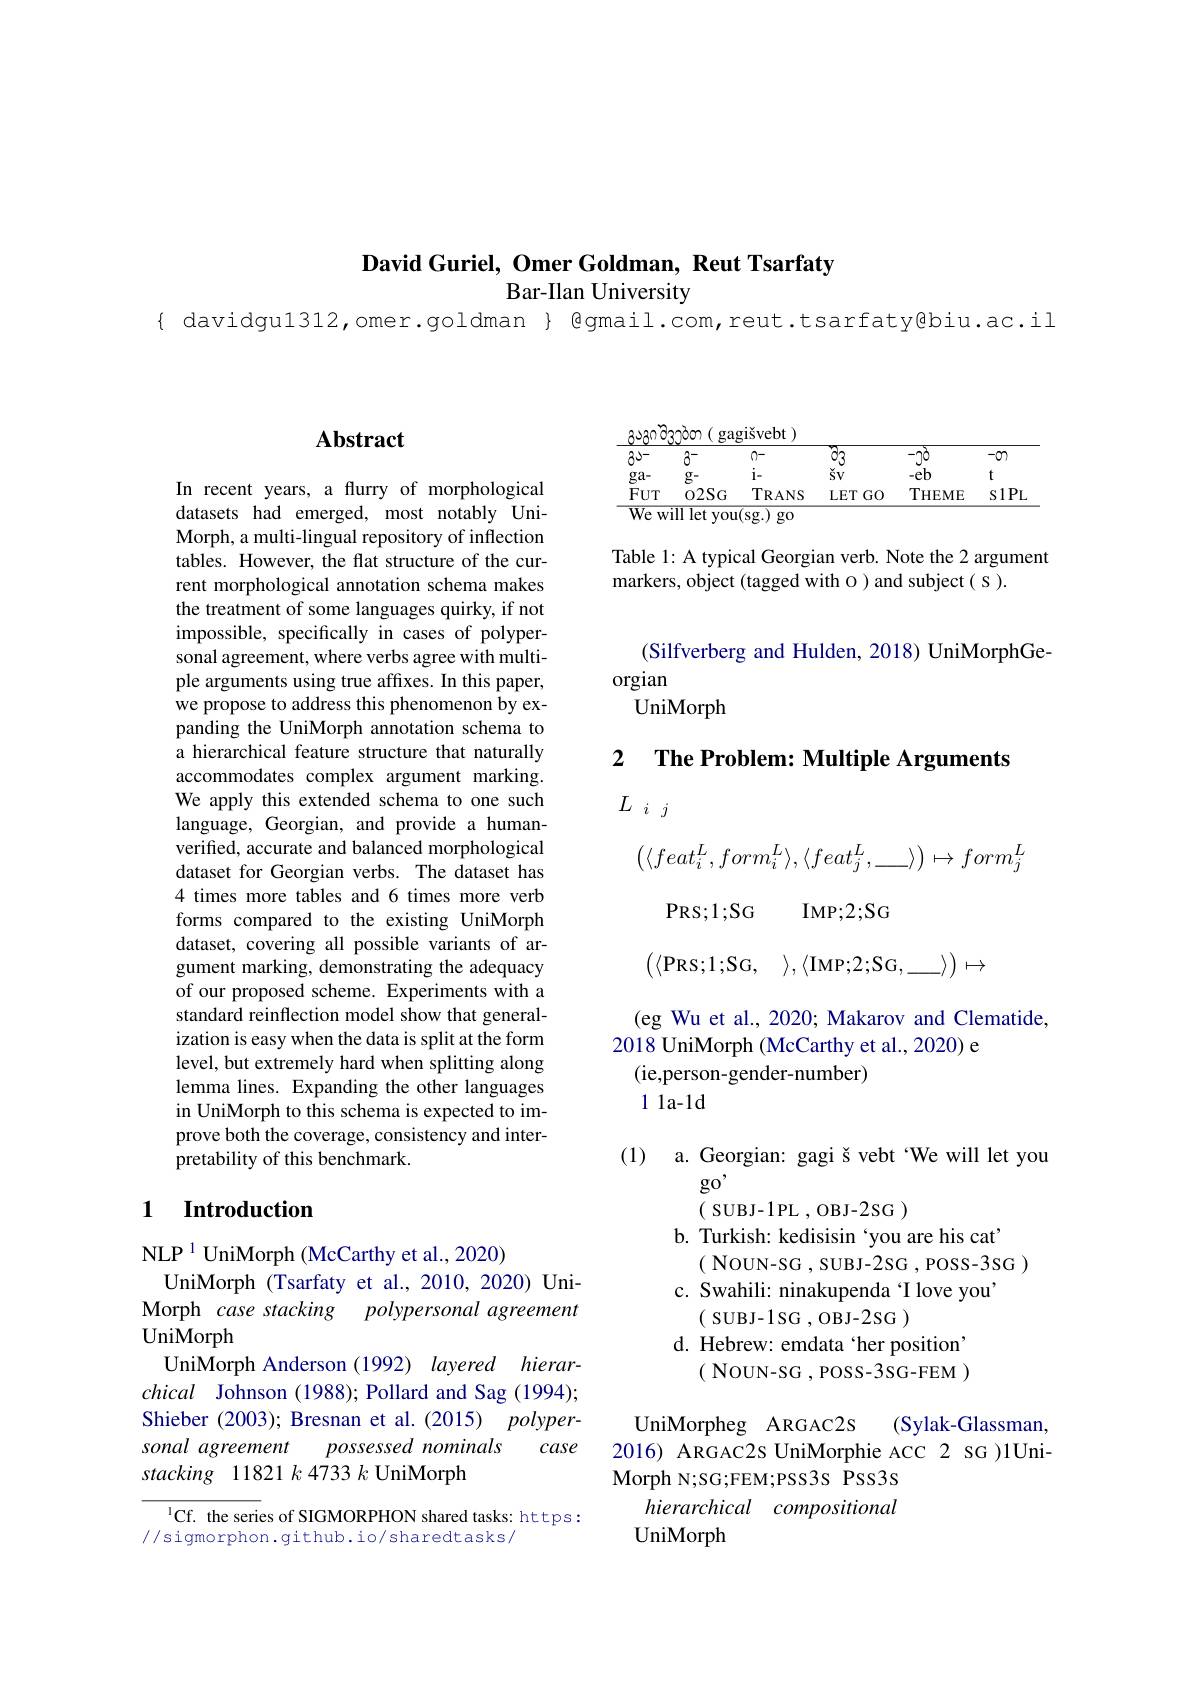
$\textbf{David Guriel, Omer Goldman, Reut Tsarfaty}$

Bar-Ilan University

### $\mathbf{Abstract}$

In recent years, a flurry of morphological datasets had emerged, most notably UniMorph, a multi-lingual repository of inflection tables. However, the flat structure of the current morphological annotation schema makes the treatment of some languages quirky, if not impossible, specifically in cases of polypersonal agreement, where verbs agree with multiple arguments using true affixes. In this paper, we propose to address this phenomenon by expanding the UniMorph annotation schema to a hierarchical feature structure that naturally accommodates complex argument marking. We apply this extended schema to one such language, Georgian, and provide a humanverified, accurate and balanced morphological dataset for Georgian verbs. The dataset has 4 times more tables and 6 times more verb forms compared to the existing UniMorph dataset, covering all possible variants of argument marking, demonstrating the adequacy of our proposed scheme. Experiments with a standard reinflection model show that generalization is easy when the data is split at the form level, but extremely hard when splitting along lemma lines. Expanding the other languages in UniMorph to this schema is expected to improve both the coverage, consistency and interpretability of this benchmark.

## 1 $\textbf{Introduction}$

NLP $^{1}$ UniMorph (McCarthy et al., 2020)
UniMorph (Tsarfaty et al.,2010,2020) UniMorph case stacking polypersonal agreement UniMorph
UniMorph Anderson (1992) layered hierarchical Johnson (1988); Pollard and Sag (1994); Shieber (2003); Bresnan et al. (2015) polypersonal agreement
case
possessed nominals
stacking 11821 k 4733 k UniMorph

$^{\mathrm{l}}$Cf. the series of SIGMORPHON shared tasks: https:
//sigmorphon.github.io/sharedtasks/

aงаറ రిзлెంం) ( gagišvebt
<table>
	<tbody>
		<tr>
			<td>$30^{-}$</td>
			<td>$3^{-}$</td>
			<td>0-</td>
			<td>$ਰਤ$</td>
			<td>$-j0$</td>
			<td>$-\infty$</td>
		</tr>
		<tr>
			<td>$ga-$</td>
			<td>$g-$</td>
			<td>$i.$</td>
			<td>$šv$</td>
			<td>$-eb$</td>
			<td>t</td>
		</tr>
		<tr>
			<td>$FUT$</td>
			<td>$02SG$</td>
			<td>$TRANS$</td>
			<td>LETGO</td>
			<td>THEME</td>
			<td>$s1PI$</td>
		</tr>
	</tbody>
</table>

Table 1: A typical Georgian verb. Note the 2 argument
markers, object (tagged with o) and subject( S ).

(Silfverberg and Hulden, 2018) UniMorphGe-
orgian
UniMorph

2 $\textbf{The Problem: Multiple Arguments}$

# $L_{ij}$
$$\begin{pmatrix}\langle feat_i^L,form_i^L\rangle,\langle feat_j^L,_\rangle\end{pmatrix}\mapsto form_j^L$$
$PRS;1;SG$
IMP; 2; SG
$\left(\langle\mathrm{PRS;1;SG,}\:\rangle,\langle\mathrm{IMP;2;SG,}\__{\_}\rangle\right)\mapsto$

(eg Wu et al., 2020; Makarov and Clematide,
2018 UniMorph (McCarthy et al., 2020) e
(ie,person-gender-number)
1 1a-1d

(1) a. Georgian: gagi š vebt "We will let you
go'
( SUBJ-1PL , OBJ-2SG )
b. Turkish: kedisisin 'you are his cat'
( Noun-SG , SUBJ-2SG , POSS-3SG )
c. Swahili: ninakupenda T love you'
( SUBJ-1SG , OBJ-2SG )
d. Hebrew: emdata ‘her position’
( NouN-SG , POSS-3SG-FEM )
UniMorpheg ARGAC2S
(Sylak-Glassman,
2016) ARGAC2s UniMorphie ACC 2 SG )1Uni-
Morph N;SG;FEM;PSS3s PSS3s

hierarchical compositional
UniMorph